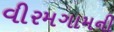
વીરમગામની